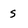
Character: s